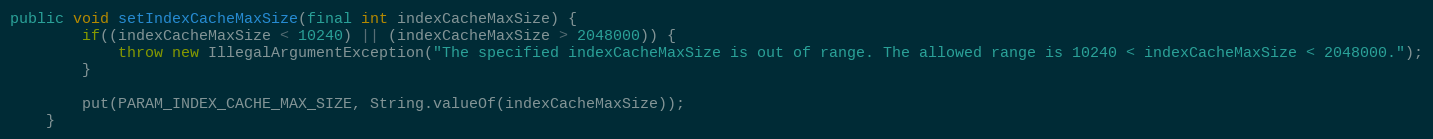
Language: Java
public void setIndexCacheMaxSize(final int indexCacheMaxSize) {
        if((indexCacheMaxSize < 10240) || (indexCacheMaxSize > 2048000)) {
            throw new IllegalArgumentException("The specified indexCacheMaxSize is out of range. The allowed range is 10240 < indexCacheMaxSize < 2048000.");
        }

        put(PARAM_INDEX_CACHE_MAX_SIZE, String.valueOf(indexCacheMaxSize));
    }